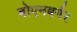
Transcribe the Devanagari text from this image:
बोएनबर्गर